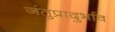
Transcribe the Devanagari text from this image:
जंतुप्रादुर्भाव